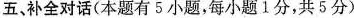
五、补全对话(本题有 5小题,每小题1分,共5分)